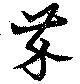
芥